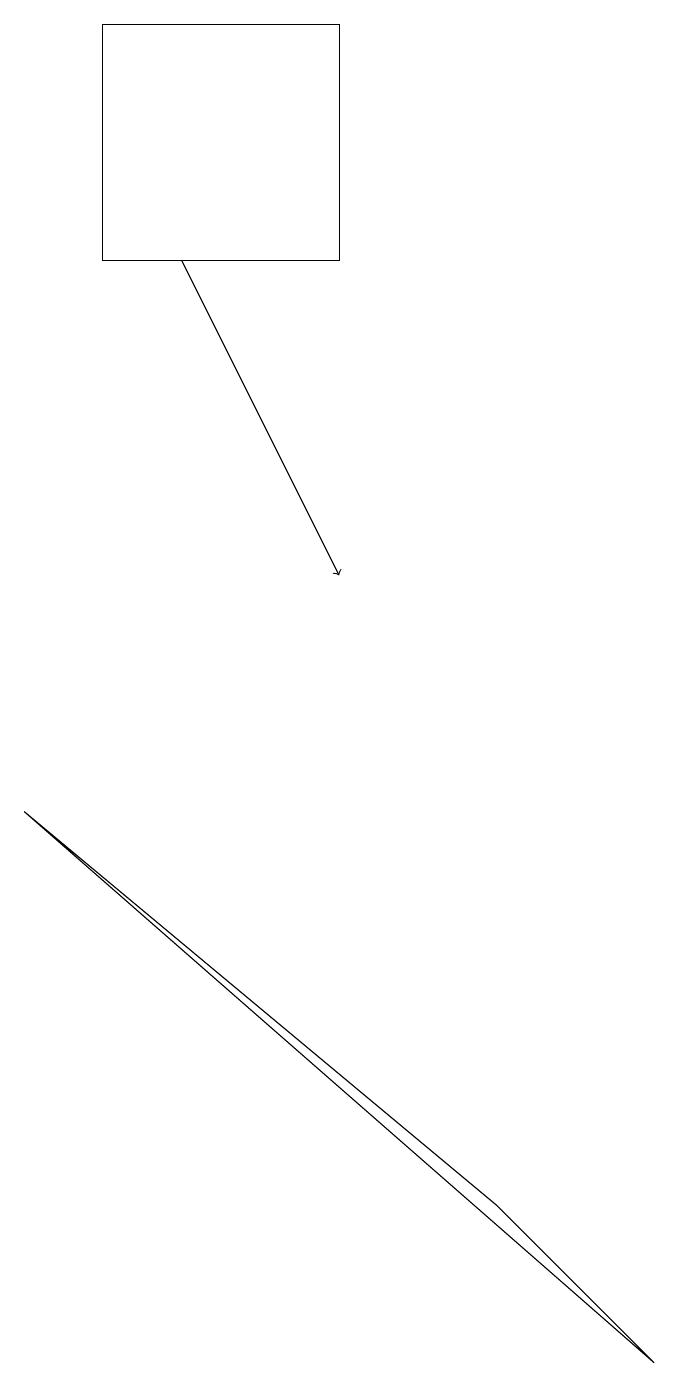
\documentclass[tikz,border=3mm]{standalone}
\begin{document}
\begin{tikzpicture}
\draw (4,17) rectangle (1,14);
\draw[->] (2,14) -- (4,10);
\draw (8,0) -- (6,2) -- (0,7) -- cycle;
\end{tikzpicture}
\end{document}